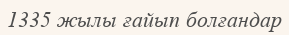
1335 жылы ғайып болғандар